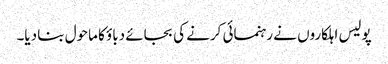
پولیس اہلکاروں نے رہنمائی کرنے کی بجائے دباؤ کا ماحول بنا دیا۔